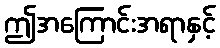
ဤအကြောင်းအရာနှင့်